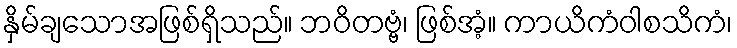
နှိမ်ချသောအဖြစ်ရှိသည်။ ဘဝိတဗ္ဗံ၊ ဖြစ်အံ့။ ကာယိကံဝါစသိကံ၊